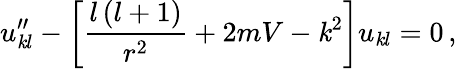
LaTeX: u_{\mathit{k}l}^{\prime\prime}-\left[\frac{{l\left(l+1\right)}}{{r^{2}}}+2mV-\mathit{k}^{2}\right]u_{\mathit{k}l}=0\, ,